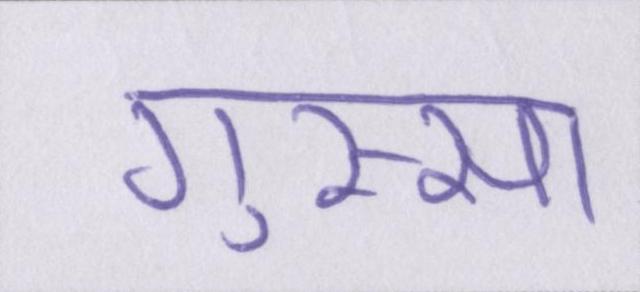
गुस्सा